Civil Veterinary Department. Madras. Admin. report 1926-33 - 1926-1933
Year: 1926
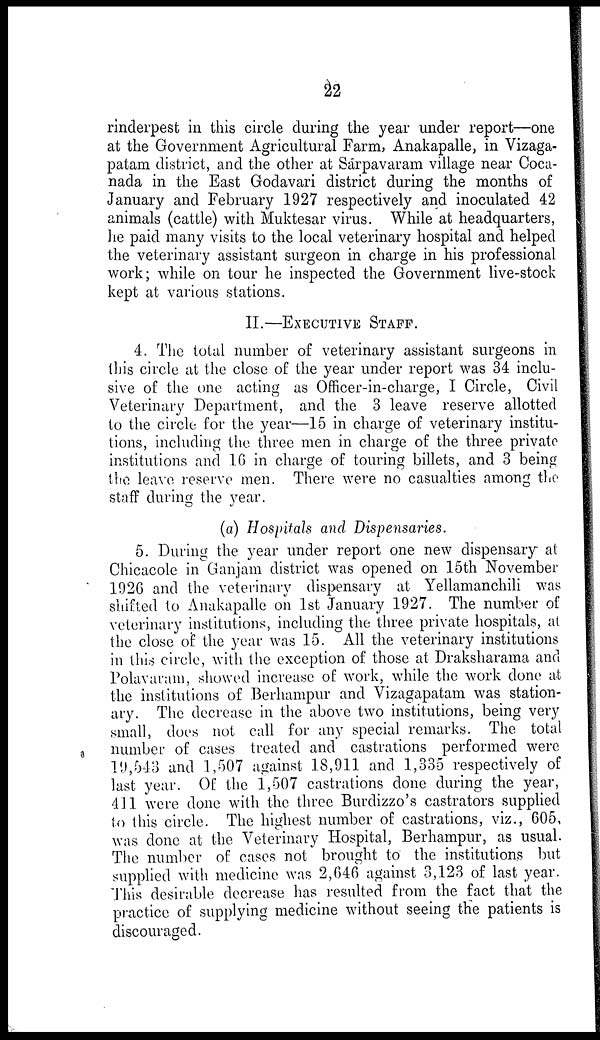
22
rinderpest in this circle during the year under report—one
at the Government Agricultural Farm, Anakapalle, in Vizaga-
patam district, and the other at Sarpavaram village near Coca-
nada in the East Godavari district during the months of
January and February 1927 respectively and inoculated 42
animals (cattle) with Muktesar virus. While at headquarters,
he paid many visits to the local veterinary hospital and helped
the veterinary assistant surgeon in charge in his professional
work; while on tour he inspected the Government live-stock
kept at various stations.
II.—EXECUTIVE STAFF.
4. The total number of veterinary assistant surgeons in
(his circle at the close of the year under report was 34 inclu-
sive of the one acting as Officer-in-charge, I Circle, Civil
Veterinary Department, and the 3 leave reserve allotted
to the circle for the year—15 in charge of veterinary institu-
tions, including the three men in charge of the three private
institutions and 16 in charge of touring billets, and 3 being
the leave reserve men. There were no casualties among the
staff during the year.
(a) Hospitals and Dispensaries.
5. During the year under report one new dispensary at
Chicacole in Ganjam district was opened on 15th November
1926 and the veterinary dispensary at Yellamanchili was
shifted to Anakapalle on 1st January 1927. The number of
veterinary institutions, including the three private hospitals, at
the close of the year was 15. All the veterinary institutions
in this circle, with the exception of those at Draksharama and
Polavuvam, showed increase of work, while the work done at
the institutions of Berhampur and Vizagapatam was station-
ary. The decrease in the above two institutions, being very
small, does not call for any special remarks. The total
number of cases treated and castrations performed were
19,543 and 1,507 against 18,911 and 1,335 respectively of
last year. Of the 1,507 castrations done during the year,
411 were done with the three Burdizzo's castrators supplied
to this circle. The highest number of castrations, viz., 605,
was done at the Veterinary Hospital, Berhampur, as usual.
The number of cases not brought to the institutions but
supplied with medicine was 2,646 against 3,123 of last year.
This desirable decrease has resulted from the fact that the
practice of supplying medicine without seeing the patients is
discouraged.